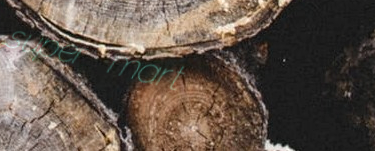
super mart